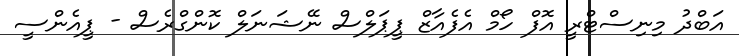
އަބްދު މިނިސްޓްރީ އޮފް ހޯމް އެފެއާޒް ޕީޕަލްސް ނޭޝަނަލް ކޮންގްރެސް - ޕީއެންސީ